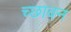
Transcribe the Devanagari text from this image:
च्छावन